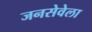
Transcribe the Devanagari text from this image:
जनसेवेला